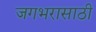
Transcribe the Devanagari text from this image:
जगभरासाठी